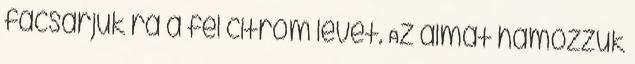
facsarjuk rá a fél citrom levét. Az almát hámozzuk